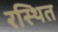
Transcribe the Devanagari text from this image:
रस्थित